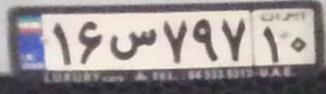
۱۶س۷۹۷۱۰